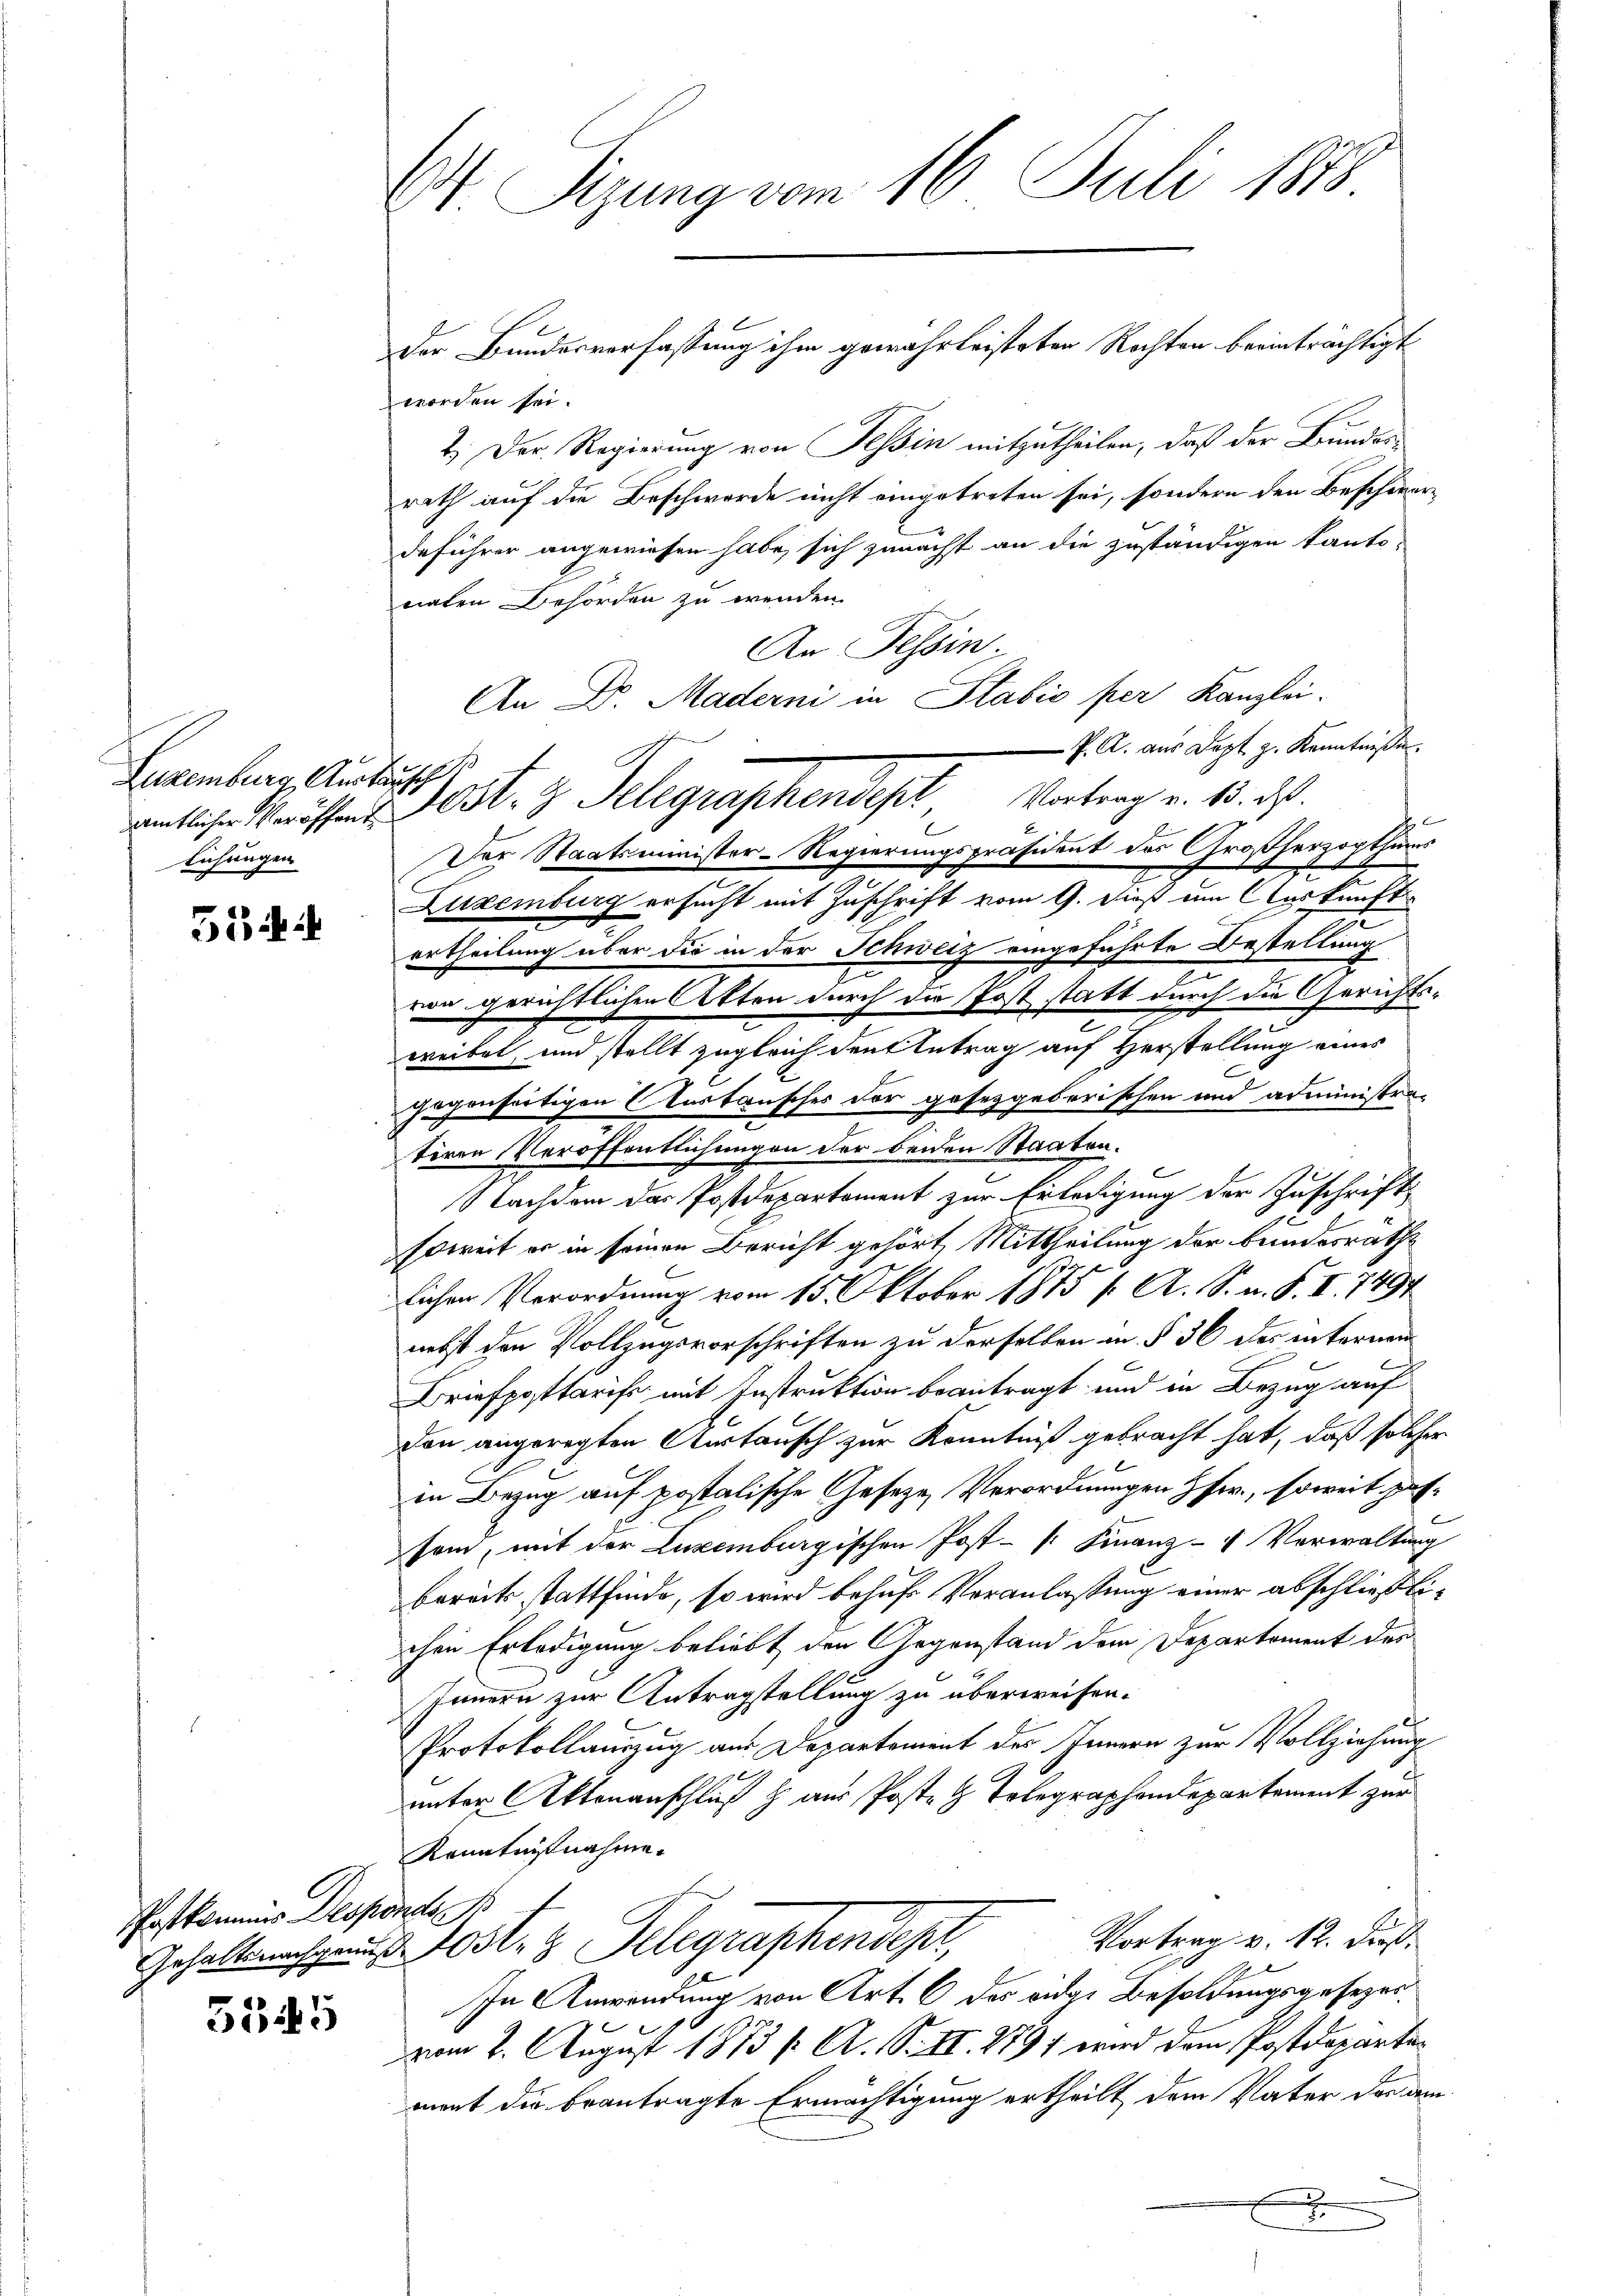
Zuzemberg, Auskunsch
amtlicher Veröffent
lichungen

514 i

Postkammer Desponds

5345

D Sizung vom 16. Juli 1878

worden sei.
2. Der Regierung von Teßin mitzutheilen, daß der Bundesrath auf die Beschwerde nicht eingetreten sei, sondern den Beschier-
deführer angewiesen habe, sich zunächst an die zuständigen kanto-
naten Behörden zu wenden.
An Tessin.
An Dr. Maderni in Stabio per Kanzlei.
P. A. aus Sept. g. Kenntniße.
h
Der Staatsminister-Regierungspräsident des Großherzogthums
Luxenburg ersucht mit Zuschrift vom 9. dieß am Auskunft
ertheilung über die in der Schweiz eingeführte Bestellung
von gerichtlichen Atten durch die Post statt durch die Gerichtsweibel, und stellt zugleich den Antrag auf Herstellung eines
gegenseitigen Austausches vor gesetzgeberischen und administra-
u
teren Veröffentlichungen der beiden Staaten.
Nachdem das Postdepartement zur Erledigung der Zuschrift
soweit er in seinen Bericht gehört, Mittheilung der bundesräthe
lichen Verordnung vom 15. Oktober 1875 f. A. S. n. F. II. 7497
nebst den Vollzugsvorschriften zu derselben in § 36 des internen
Briefposttarife mit Instruktion beantragt und in Bezug auf
don angeregten Austausch zur Kenntniß gebracht hat, daß solcher
in Bezug auf postalische Geseze Verordnungen fr., soweit passem, mit der Luxenburgischen Post- u. Finanz- Verwaltung
bereits stattfinde, so wird behufs Veranlassung einer abschließlichen Erledigung beliebt den Gegenstand dem Departement der
Innern zur Antragstellung zu überweisen.
Protokollauszug aus Departement des Innern zur Vollziehung
90
unter Aktenanschluß h aus Poste z. Telegraphendepartement zur
Kenntnißnahme.
Vortrag v. 12. dieß.
Gehalternachgan. 10 st.  Telegraphendeper,
In Anwendung von Art. 6 des eidge Besoldungsgesezest
e
vom 2. August 1873 f. A. S. II. 279) wird dem Postdepartement die beantragte Ermächtigung ertheilt dem Vater das dem
x

Jost 3 Telegraphensept Vortrag v. 13. ds.

der Bundesverfassung ihm gewährleisteten Rechten beeinträchtigt